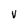
Character: V